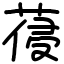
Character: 葠